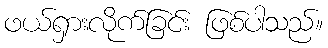
ဖယ်ရှားလိုက်ခြင်း ဖြစ်ပါသည်။